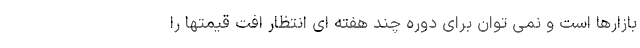
بازارها است و نمی توان برای دوره چند هفته ای انتظار افت قیمتها را